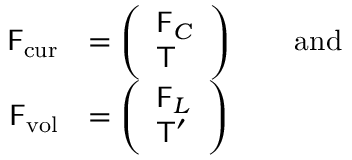
\begin{array} { r l } { \mathsf { F } _ { \mathrm { c u r } } } & { = \left( \begin{array} { l } { \mathsf { F } _ { C } } \\ { \mathsf { T } } \end{array} \right) \qquad \mathrm { a n d } } \\ { \mathsf { F } _ { \mathrm { v o l } } } & { = \left( \begin{array} { l } { \mathsf { F } _ { L } } \\ { \mathsf { T } ^ { \prime } } \end{array} \right) } \end{array}